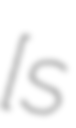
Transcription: [sɛ̃